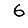
Digit: 6